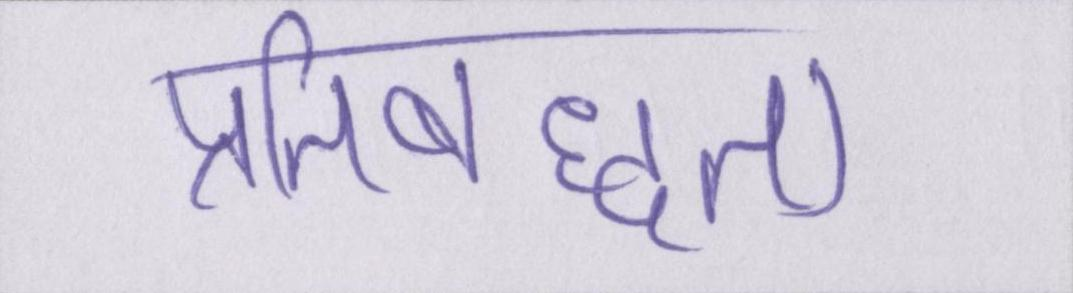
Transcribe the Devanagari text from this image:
प्रतिबध्दता